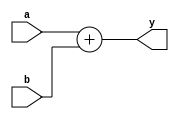
`timescale 1ns / 1ps
//////////////////////////////////////////////////////////////////////////////////
// Company: 
// Engineer: 
// 
// Design Name: 
// Module Name: adder
// Project Name: 
// Target Devices: 
// Tool Versions: 
// Description: 
// 
// Dependencies: 
// 
// Revision:
// Revision 0.01 - File Created
// Additional Comments:
// 
//////////////////////////////////////////////////////////////////////////////////

 // determine the address of the next instruction on the PC
module adder(
    input  [31:0] a, b,
    output [31:0] y
    );
    assign y = a+b;
endmodule